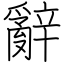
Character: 辭